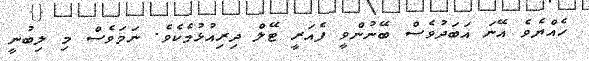
ހެއްޔެވެ އޭނަ އަބަދުވެސް ބޭނުންވީ ފެއަރީ ޓޭލް ދިރިއުޅުމެކެވެ. ނަމަވެސް މި ލިބުނީ